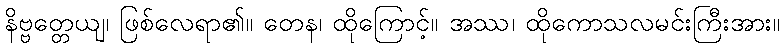
နိဗ္ဗတ္တေယျ၊ ဖြစ်လေရာ၏။ တေန၊ ထိုကြောင့်။ အဿ၊ ထိုကောသလမင်းကြီးအား။